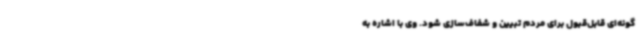
گونه‌ای قابل‌قبول برای مردم تبیین و شفاف‌سازی شود. وی با اشاره به